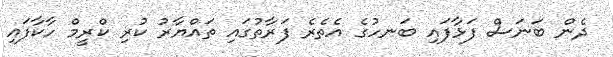
ދެން ބަނަސް ފަޅާފައި ބަނހުގެ އެތެރެ ފަރާތުގައި ތައްޔާރު ކުރި ކްރީމް ހާކާފައި